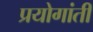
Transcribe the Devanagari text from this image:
प्रयोगांती